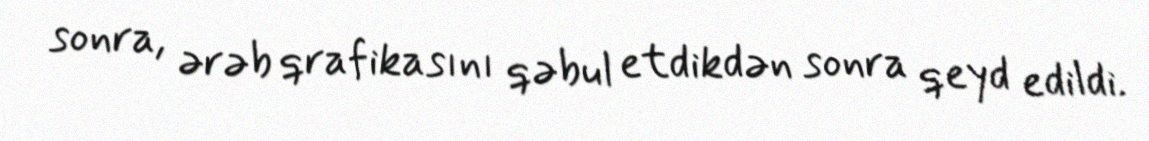
sonra, ərəb qrafikasını qəbul etdikdən sonra qeyd edildi.